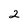
Character: 2